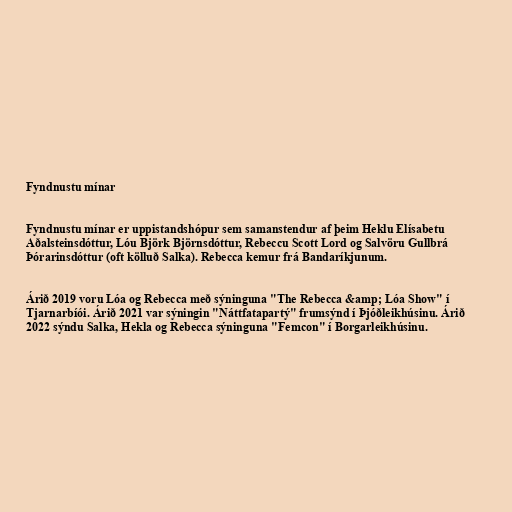
Fyndnustu mínar

Fyndnustu mínar er uppistandshópur sem samanstendur af þeim Heklu Elísabetu
Aðalsteinsdóttur, Lóu Björk Björnsdóttur, Rebeccu Scott Lord og Salvöru Gullbrá
Þórarinsdóttur (oft kölluð Salka). Rebecca kemur frá Bandaríkjunum.

Árið 2019 voru Lóa og Rebecca með sýninguna "The Rebecca &amp; Lóa Show" í
Tjarnarbíói. Árið 2021 var sýningin "Náttfatapartý" frumsýnd í Þjóðleikhúsinu. Árið
2022 sýndu Salka, Hekla og Rebecca sýninguna "Femcon" í Borgarleikhúsinu.